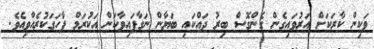
ވަކިން ކާރަކަށް އަރުވައިގެން ގެންގޮސް ބިރު ދައްކައި ބަޔާން ނަގާފައިވާކަން އަކުރަމް ފާހަގަކުރެއްވިއެވެ.